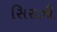
સિરાઝી